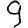
Digit: 9